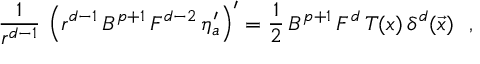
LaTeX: \frac { 1 } { r ^ { d - 1 } } \, \left( r ^ { d - 1 } \, B ^ { p + 1 } \, F ^ { d - 2 } \, \eta _ { a } ^ { \prime } \right) ^ { \prime } = \frac { 1 } { 2 } \, B ^ { p + 1 } \, F ^ { d } \, T ( x ) \, \delta ^ { d } ( \vec { x } ) ~ ~ ,